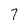
Character: 7